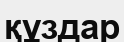
құздар